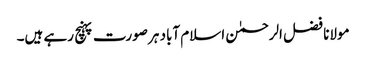
مولانا فضل الرحمٰن اسلام آباد ہر صورت پہنچ رہے ہیں۔